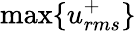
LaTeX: \operatorname*{max}\{ u_{rms}^{+}\}